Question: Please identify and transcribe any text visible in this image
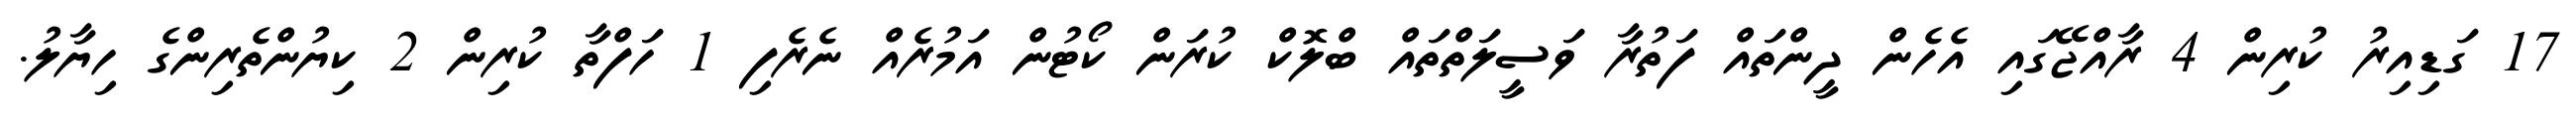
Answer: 17 ގަޑިއިރު ކުރިން 4 ރާއްޖޭގައި އެހެން ދީންތައް ފަތުރާ ވަސީލަތްތައް ބްލޮކް ކުރަން ކޯޓުން އަމުރެއް ނެރެފި 1 ހަފްތާ ކުރިން 2 ކިޔުންތެރިންގެ ހިޔާލު.